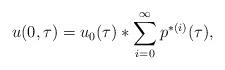
LaTeX: \begin{align*} u(0,\tau) = u_0(\tau) *\sum_{i = 0}^\infty p^{*(i)}(\tau),\end{align*}